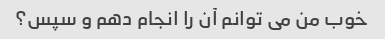
خوب من می توانم آن را انجام دهم و سپس؟